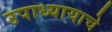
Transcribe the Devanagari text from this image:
उपाध्यायाचे